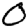
Digit: 0